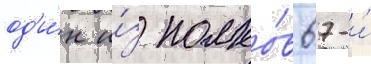
од'и́н и́з полко́в 67-и́